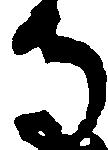
寺